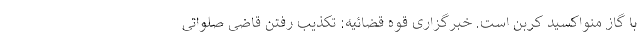
با گاز منواکسید کربن است. خبرگزاری قوه قضائیه: تکذیب رفتن قاضی صلواتی